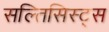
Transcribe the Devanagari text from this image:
सल्तिसिस्ट्स